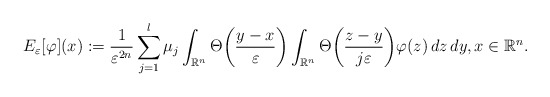
\begin{align*}E_\varepsilon[\varphi](x):=\frac{1}{\varepsilon^{2n}}\sum_{j=1}^l\mu_j\int_{\mathbb R^n}\Theta\biggl(\frac{y-x}{\varepsilon}\biggr)\int_{\mathbb R^n}\Theta\biggl(\frac{z-y}{j\varepsilon}\biggr)\varphi(z)\,dz\,dy, x\in\mathbb R^n.\end{align*}